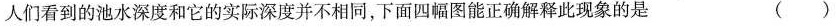
人们看到的池水深度和它的实际深度并不相同，下面四幅图能正确解释此现象的是 （ ）